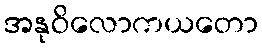
အနုဝိလောကယတော